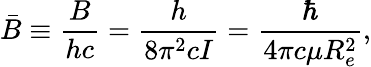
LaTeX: {\bar{B}}\equiv{\frac{B}{hc}}={\frac{h}{8\pi^{2}cI}}={\frac{\hbar}{4\pi c\mu R_{e}^{2}}},